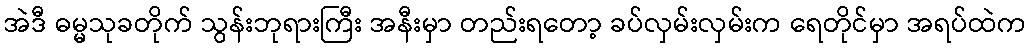
အဲဒီ ဓမ္မသုခတိုက် သွန်းဘုရားကြီး အနီးမှာ တည်းရတော့ ခပ်လှမ်းလှမ်းက ရေတိုင်မှာ အရပ်ထဲက